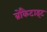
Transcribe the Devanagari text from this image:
ब्रोकैटाइट